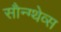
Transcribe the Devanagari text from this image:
सौन्ग्थेव्स